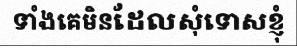
ទាំងគេមិនដែលសុំទោសខ្ញុំ